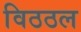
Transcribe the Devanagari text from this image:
विठठल